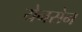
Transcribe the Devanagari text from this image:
येनसेन